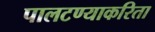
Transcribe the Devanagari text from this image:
पालटण्याकरिता